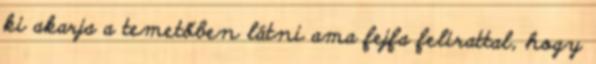
ki akarja a temetőben látni ama fejfa felirattal, hogy